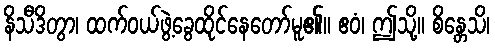
နိသီဒိတွာ၊ ထက်ဝယ်ဖွဲ့ခွေထိုင်နေတော်မူ၏။ ဧဝံ၊ ဤသို့။ စိန္တေသိ၊